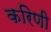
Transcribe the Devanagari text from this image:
करिणी